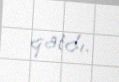
qatdı.